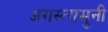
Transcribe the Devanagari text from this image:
अगस्त्यमुनी